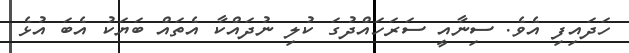
ހަދައިފި އެވެ. ސިނާއީ ސަރަހައްދުގަ ކުލި ނުދައްކާ އެތައް ބަޔަކު އެބަ އުޅެ